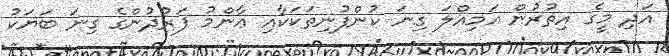
އަދި މީގެ އިތުރުން އަމިއްލަ ގިނަ ކުންފުނިތަކަކާއި ޢާންމު ފަރުދުންގެ ގިނަ ބަޔަކު